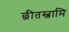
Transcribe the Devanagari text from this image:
छीतस्वामि